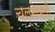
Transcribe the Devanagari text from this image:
चलनेवली